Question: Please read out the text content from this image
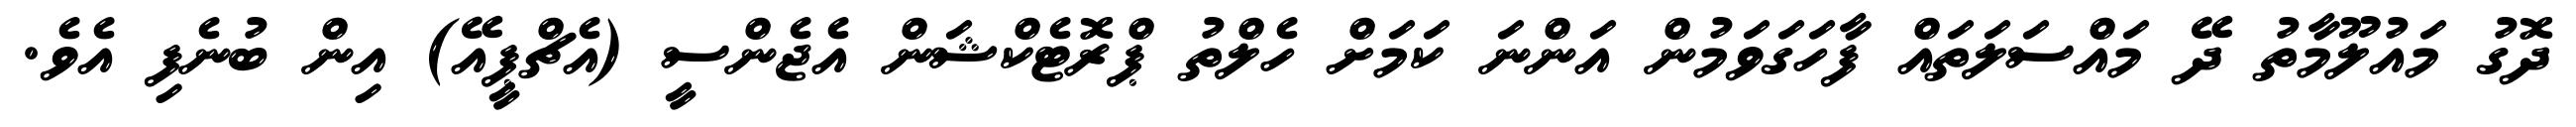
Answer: ދޮގު މައުލޫމާތު ދޭ މައްސަލަތައް ފާހަގަވަމުން އަންނަ ކަމަށް ހެލްތު ޕްރޮޓެކްޝަން އެޖެންސީ (އެޗްޕީއޭ) އިން ބުނެފި އެވެ.